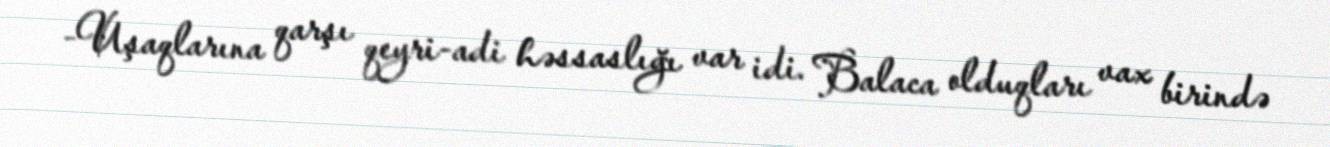
-Uşaqlarına qarşı qeyri-adi həssaslığı var idi. Balaca olduqları vax birində